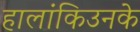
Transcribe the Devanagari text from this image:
हालांकिउनके